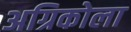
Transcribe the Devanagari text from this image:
अग्रिकोला